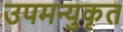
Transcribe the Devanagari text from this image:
उपमन्युकृत